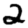
Digit: 2